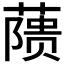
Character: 𬞘